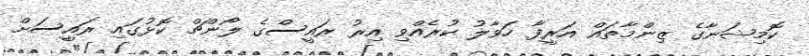
ކޮމިޝަނާގެ ޒިންމާތައް އަރީފާ ހަވާލު ކުރެއްވި އިރު ރައީސްގެ ލޯންޗް ކޮޅުގައި ރައީސަށް